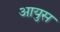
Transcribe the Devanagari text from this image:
आयुस